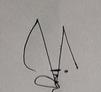
Signature authenticity: genuine